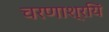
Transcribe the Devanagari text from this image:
चरणाश्रयिं